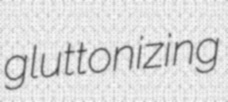
gluttonizing